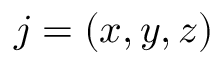
j = ( x , y , z )